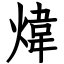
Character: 煒